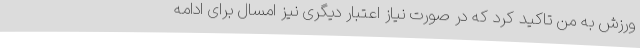
ورزش به من تاکید کرد که در صورت نیاز اعتبار دیگری نیز امسال برای ادامه